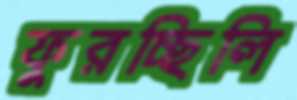
ফুরচ্ছিলি